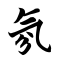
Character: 氛